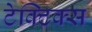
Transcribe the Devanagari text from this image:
टेक्टिक्स